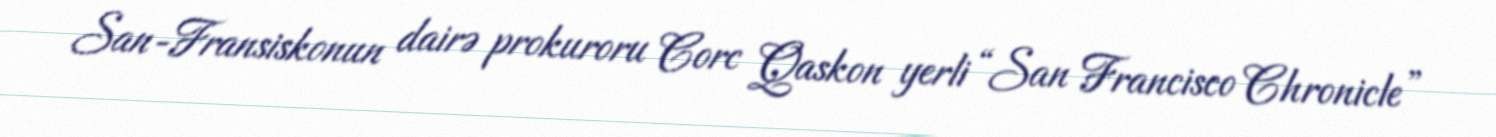
San-Fransiskonun dairə prokuroru Corc Qaskon yerli “San Francisco Chronicle”